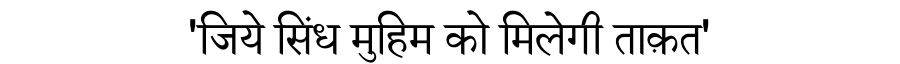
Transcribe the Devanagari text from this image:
'जिये सिंध मुहिम को मिलेगी ताक़त'